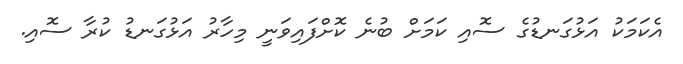
އެކަމަކު އަޅުގަނޑުގެ ސޮއި ކަމަށް ބުނެ ކޮށްފައިވަނީ މިހާރު އަޅުގަނޑު ކުރާ ސޮއި.